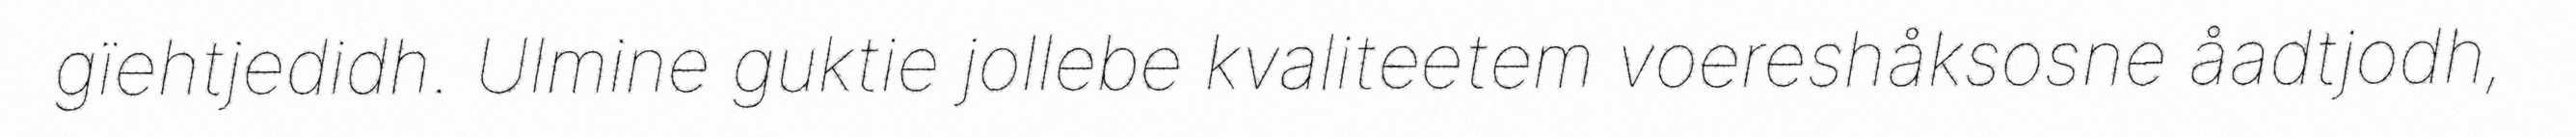
gïehtjedidh. Ulmine guktie jollebe kvaliteetem voereshåksosne åadtjodh,